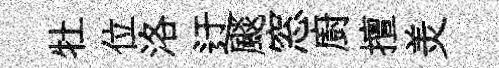
牡位洛迂颷窓廚擅羙